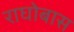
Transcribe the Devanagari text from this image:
राघोबास